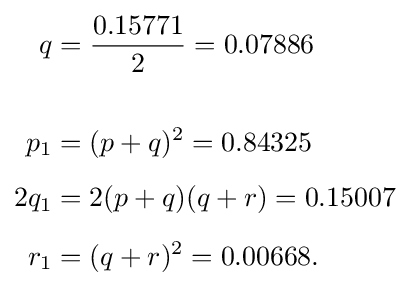
{\begin{aligned}q&={0.15771 \over 2}=0.07886\\\\p_{1}&=(p+q)^{2}=0.84325\\[5pt]2q_{1}&=2(p+q)(q+r)=0.15007\\[5pt]r_{1}&=(q+r)^{2}=0.00668.\end{aligned}}